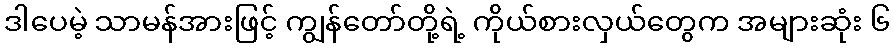
ဒါပေမဲ့ သာမန်အားဖြင့် ကျွန်တော်တို့ရဲ့ ကိုယ်စားလှယ်တွေက အများဆုံး ၆